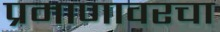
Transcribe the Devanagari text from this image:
प्रमाणावरचा